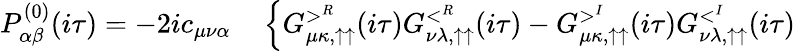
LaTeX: \begin{array}{rl}{P_{\alpha\beta}^{(0)}(i\tau)=-2ic_{\mu\nu\alpha}}&{{}\left\{ G_{\mu\kappa,\uparrow\uparrow}^{>^{R}}(i\tau)G_{\nu\lambda,\uparrow\uparrow}^{<^{R}}(i\tau)-G_{\mu\kappa,\uparrow\uparrow}^{>^{I}}(i\tau)G_{\nu\lambda,\uparrow\uparrow}^{<^{I}}(i\tau)\right.}\end{array}